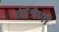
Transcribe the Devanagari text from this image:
कीश्रेणी